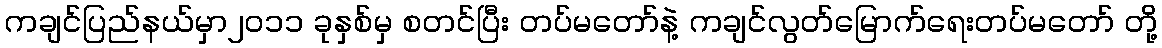
ကချင်ပြည်နယ်မှာ၂၀၁၁ ခုနှစ်မှ စတင်ပြီး တပ်မတော်နဲ့ ကချင်လွတ်မြောက်ရေးတပ်မတော် တို့